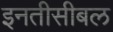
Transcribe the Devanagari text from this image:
इनतीसीबल